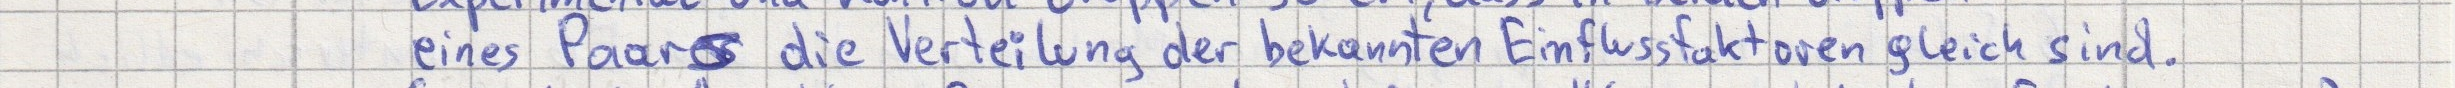
eine Paares die Verteilung der bekannten Einflussfaktoren gleich sind.